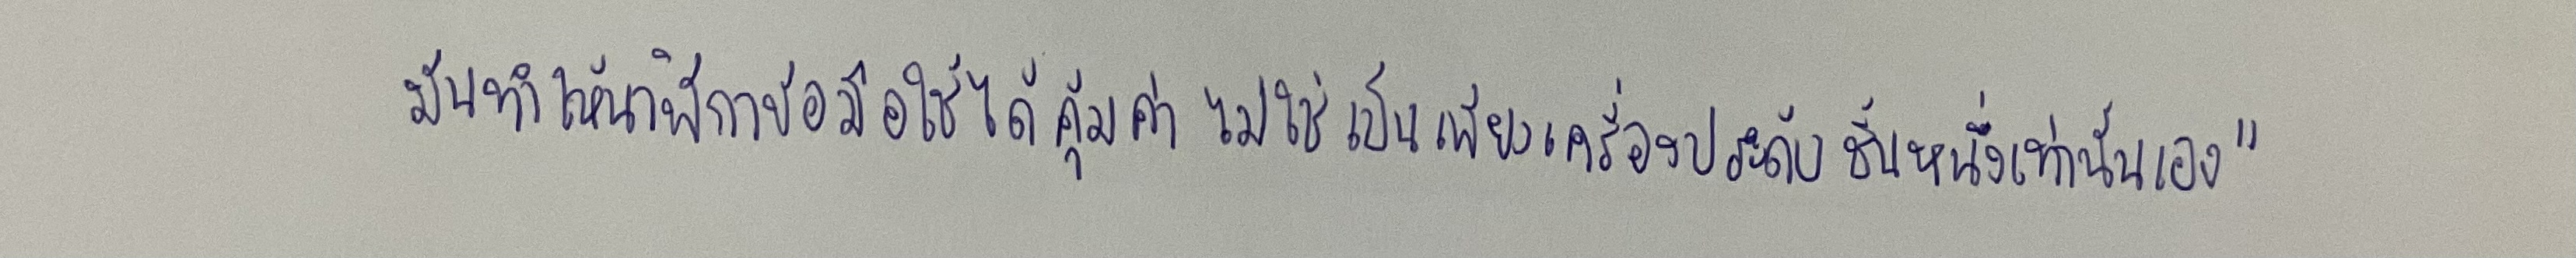
มันทำให้นาฬิกาข้อมือใช้ได้คุ้มค่าไม่ใช่เป็นเพียงเครื่องประดับชิ้นหนึ่งเท่านั้นเอง"